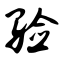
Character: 验